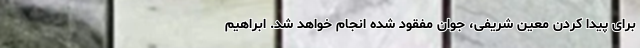
برای پیدا کردن معین شریفی، جوان مفقود شده انجام خواهد شد. ابراهیم